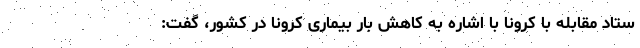
ستاد مقابله با کرونا با اشاره به کاهش بار بیماری کرونا در کشور، گفت: